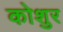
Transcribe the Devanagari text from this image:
कोशुर